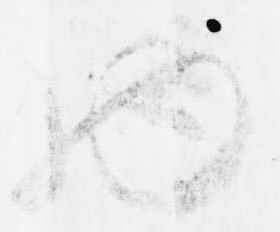
物